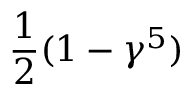
{ \frac { 1 } { 2 } } ( 1 - \gamma ^ { 5 } )